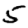
Digit: 5